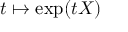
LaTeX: t \mapsto \exp ( t X )